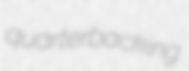
quarterbacking